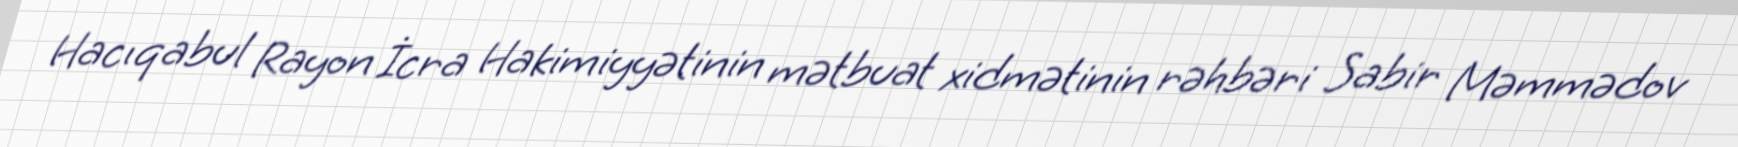
Hacıqabul Rayon İcra Hakimiyyətinin mətbuat xidmətinin rəhbəri Sabir Məmmədov